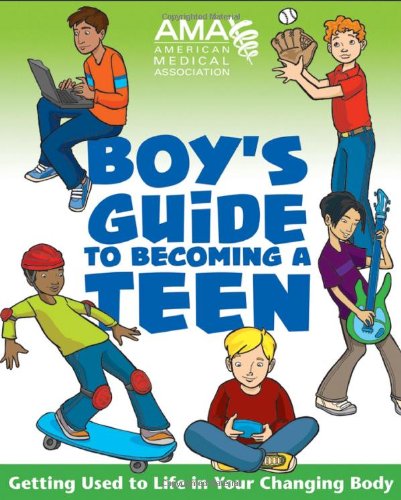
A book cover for American Medical Association Boy's Guide to Becoming a Teen; American Medical Association; Children's Books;